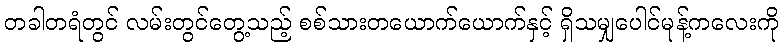
တခါတရံတွင် လမ်းတွင်တွေ့သည့် စစ်သားတယောက်ယောက်နှင့် ရှိသမျှပေါင်မုန့်ကလေးကို